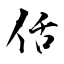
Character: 佸